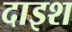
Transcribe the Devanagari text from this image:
दाइश